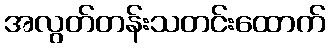
အလွတ်တန်းသတင်းထောက်